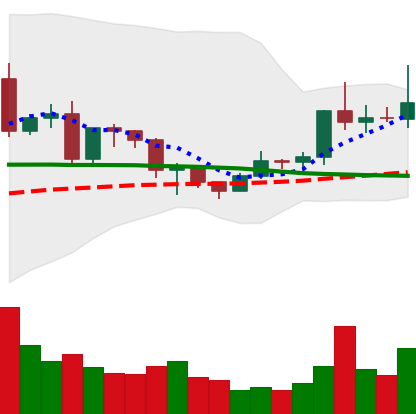
Ticker: EOS-USD
Chart end date: 2020-12-20
Forward return: -15.132%
Label: down_7plus